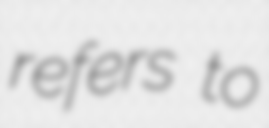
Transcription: refers to